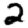
Digit: 2